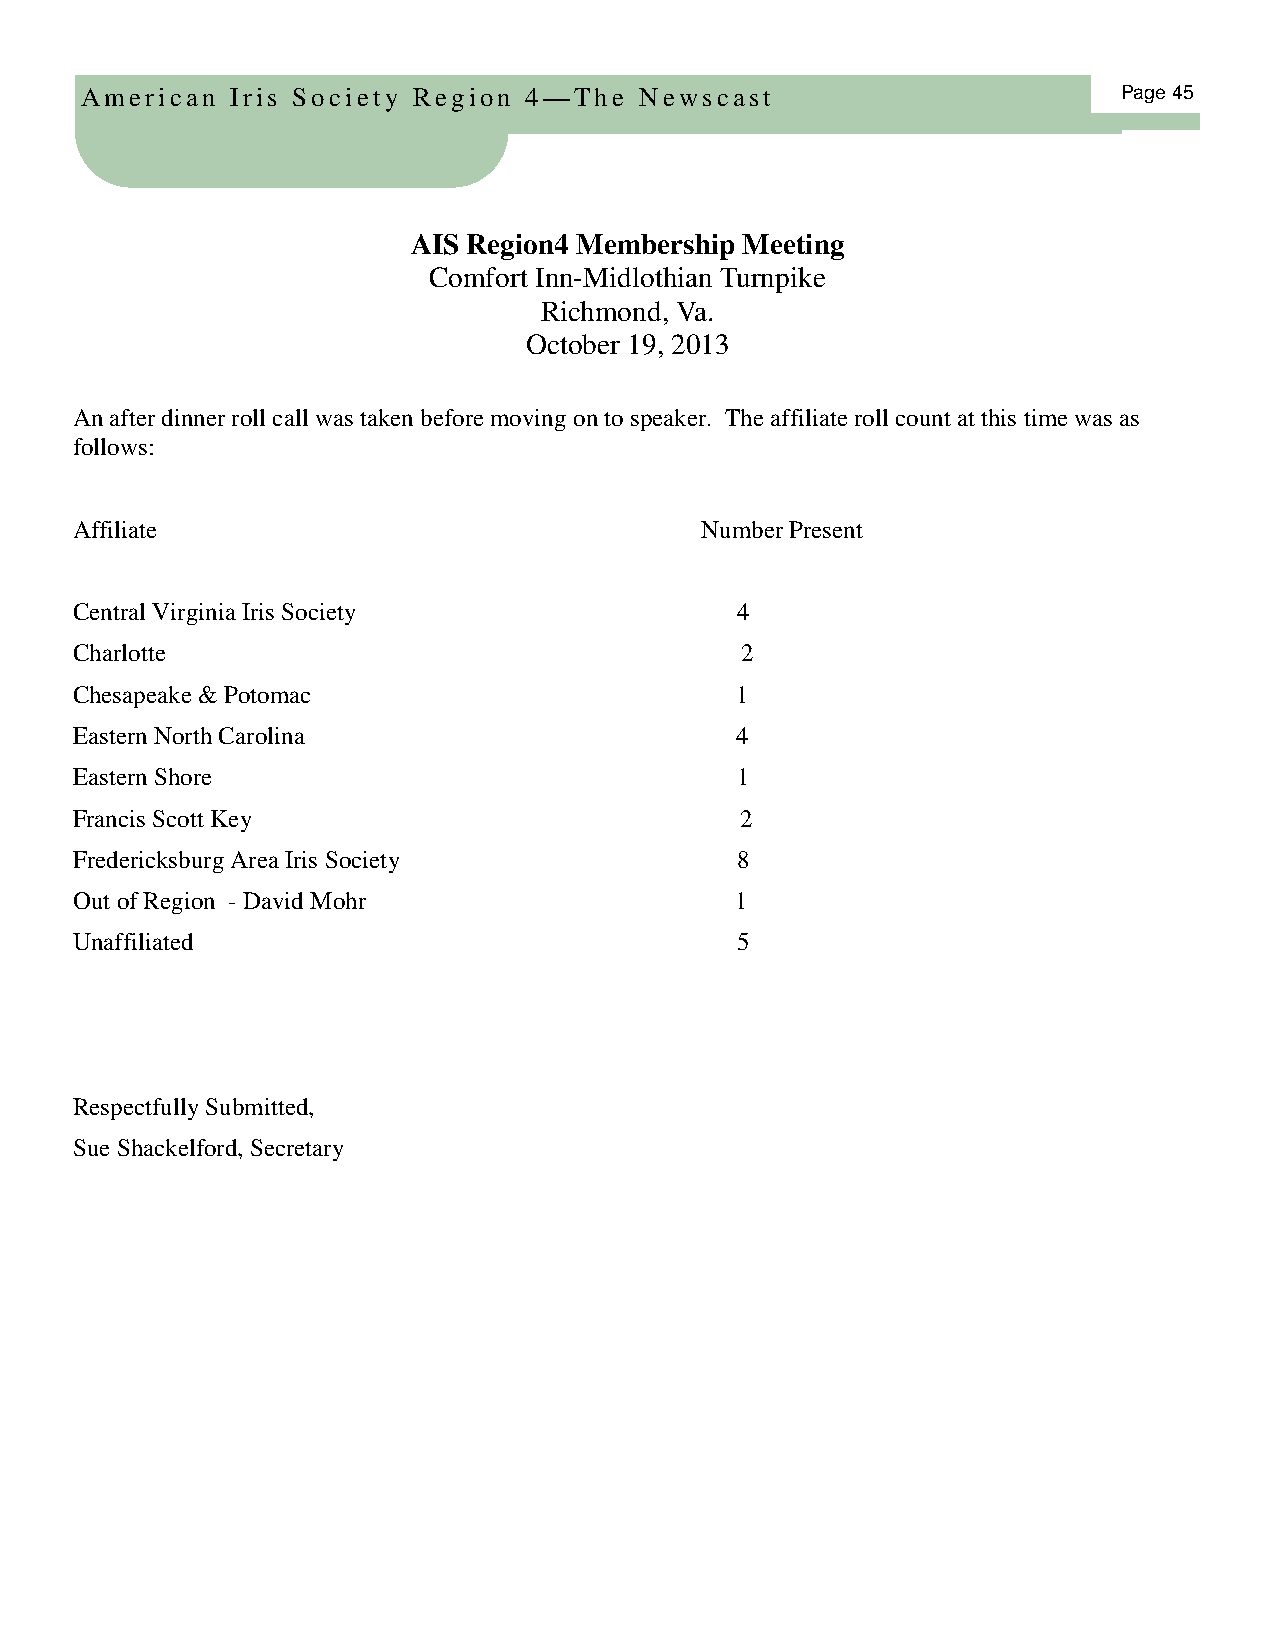
American  Iris Society Region 4—The  Newscast                        Page 45
 AIS Region4 Membership Meeting
 Comfort Inn-Midlothian Turnpike
 Richmond, Va.
 October 19, 2013
 An after dinner roll call was taken before moving on to speaker. The affiliate roll count at this time was as
 follows:
 Affiliate                                Number Present
 Central Virginia Iris Society               4
 Charlotte                                   2
 Chesapeake & Potomac                        1
 Eastern North Carolina                      4
 Eastern Shore                               1
 Francis Scott Key                           2
 Fredericksburg Area Iris Society            8
 Out of Region - David Mohr                  1
 Unaffiliated                                5
 Respectfully Submitted,
 Sue Shackelford, Secretary